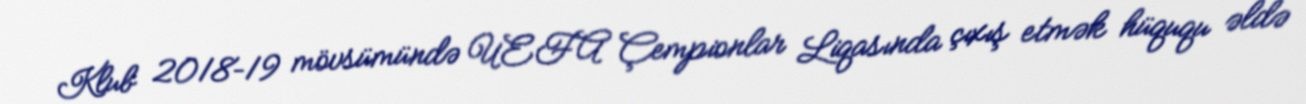
Klub 2018–19 mövsümündə UEFA Çempionlar Liqasında çıxış etmək hüququ əldə